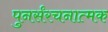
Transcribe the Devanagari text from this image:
पुनर्संरचनात्मक